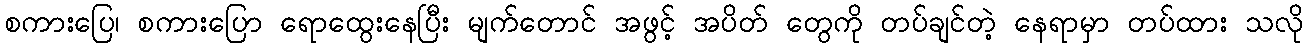
စကားပြေ၊ စကားပြော ရောထွေးနေပြီး မျက်တောင် အဖွင့် အပိတ် တွေကို တပ်ချင်တဲ့ နေရာမှာ တပ်ထား သလို